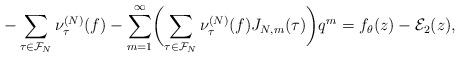
LaTeX: \begin{align*}-\sum_{\tau\in \mathcal{F}_N} \nu_\tau^{(N)}(f)-\sum_{m=1}^\infty \biggl( \sum_{\tau\in \mathcal{F}_N} \nu_\tau^{(N)}(f)J_{N,m}(\tau)\biggr) q^m = f_{\theta}(z)-\mathcal{E}_2(z),\end{align*}